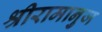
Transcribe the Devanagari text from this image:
श्रीरामानुज